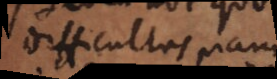
difficultas, nam